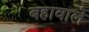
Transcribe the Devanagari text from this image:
बहावाले